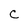
Character: C